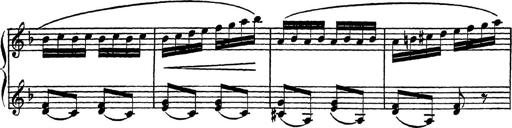
Title: Piano Sonatinas
Composer: Charles Fradel